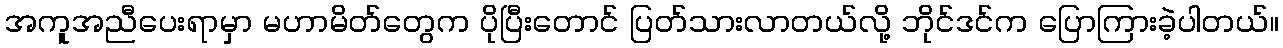
အကူအညီပေးရာမှာ မဟာမိတ်တွေက ပိုပြီးတောင် ပြတ်သားလာတယ်လို့ ဘိုင်ဒင်က ပြောကြားခဲ့ပါတယ်။